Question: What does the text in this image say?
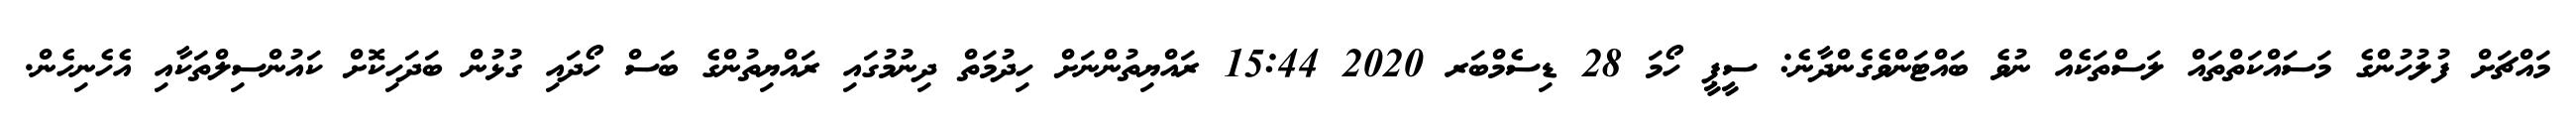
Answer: މައްޗަށް ފުލުހުންގެ މަސައްކަތްތައް ލަސްތަކެއް ނުވެ ބައްޓަންވެގެންދާނެ: ސީޕީ ހޯމަ 28 ޑިސެމްބަރ 2020 15:44 ރައްޔިތުންނަށް ހިދުމަތް ދިނުމުގައި ރައްޔިތުންގެ ބަސް ހޯދައި ގުޅުން ބަދަހިކޮށް ކައުންސިލްތަކާއި އެހެނިހެން.